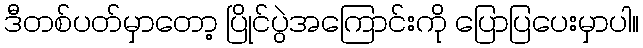
ဒီတစ်ပတ်မှာတော့ ပြိုင်ပွဲအကြောင်းကို ပြောပြပေးမှာပါ။